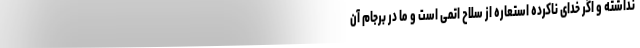
نداشته و اگر خدای ناکرده استعاره از سلاح اتمی است و ما در برجام آن